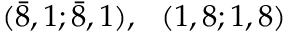
( { \bar { 8 } } , 1 ; { \bar { 8 } } , 1 ) , ~ ~ ( 1 , 8 ; 1 , 8 )